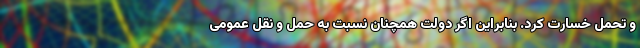
و تحمل خسارت کرد. بنابراین اگر دولت همچنان نسبت به حمل و نقل عمومی